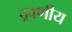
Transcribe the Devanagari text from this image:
द्रवणीय